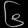
Digit: ၆